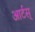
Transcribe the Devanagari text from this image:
आर्टस्‌